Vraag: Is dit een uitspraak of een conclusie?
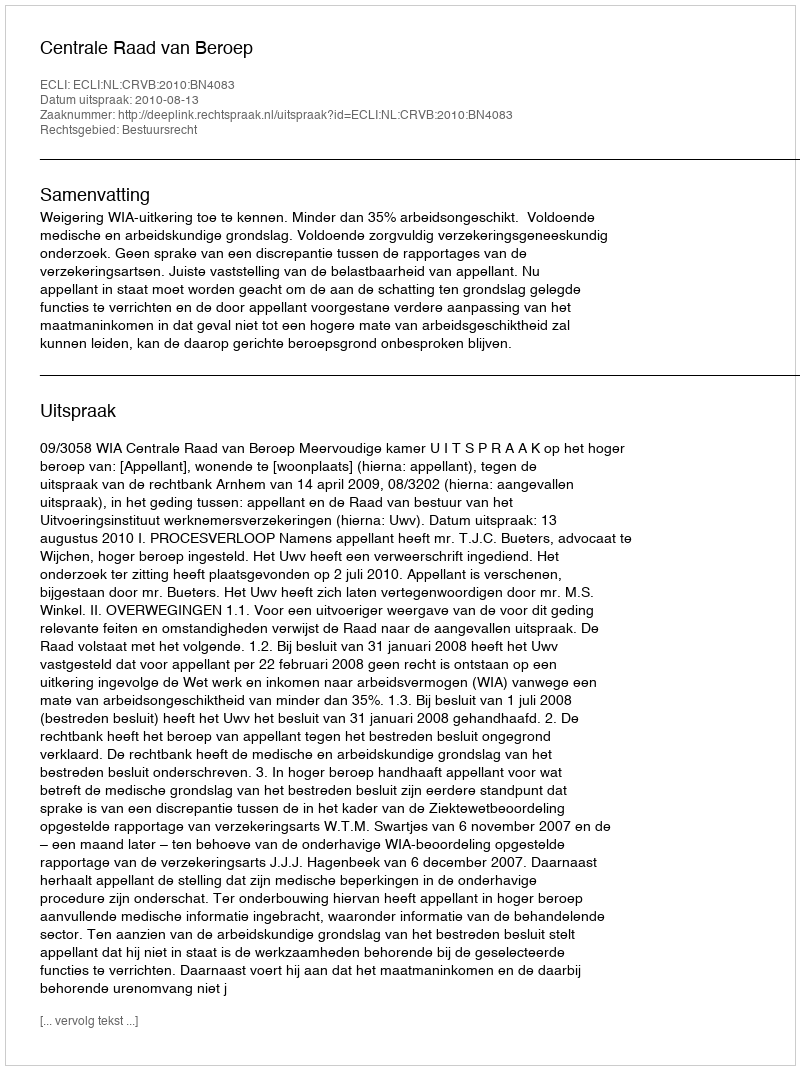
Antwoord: Uitspraak